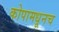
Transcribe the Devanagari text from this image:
कोपामधूनच